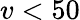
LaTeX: v<50